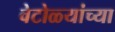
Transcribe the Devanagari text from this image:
वेटोळ्यांच्या